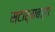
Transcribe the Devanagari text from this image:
स्टार्मबर्ग